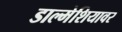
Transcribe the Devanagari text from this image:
डाल्मेशियावर